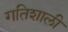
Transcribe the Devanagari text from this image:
गतिशाली